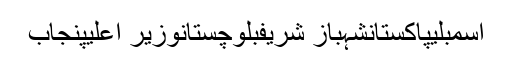
اسمبلیپاکستانشہباز شریفبلوچستانوزیر اعلیٰپنجاب